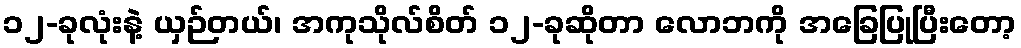
၁၂-ခုလုံးနဲ့ ယှဉ်တယ်၊ အကုသိုလ်စိတ် ၁၂-ခုဆိုတာ လောဘကို အခြေပြုပြီးတော့